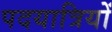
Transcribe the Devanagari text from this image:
पदयात्रियों